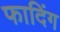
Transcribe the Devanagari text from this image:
फादिंग